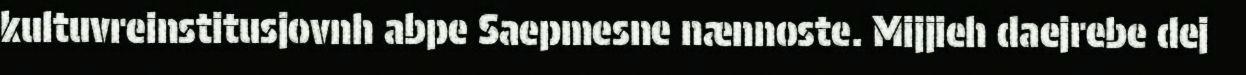
kultuvreinstitusjovnh abpe Saepmesne nænnoste. Mijjieh daejrebe dej